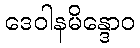
ဒေဝါနမိန္ဒောဝ